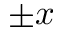
\pm x